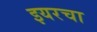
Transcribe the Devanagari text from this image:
इयरचा